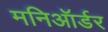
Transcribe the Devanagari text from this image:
मनिऑर्डर